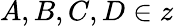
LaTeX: A,B,C,D\in z